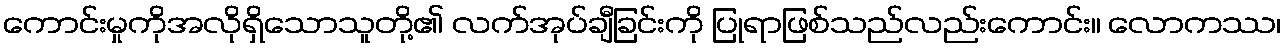
ကောင်းမှုကိုအလိုရှိသောသူတို့၏ လက်အုပ်ချီခြင်းကို ပြုရာဖြစ်သည်လည်းကောင်း။ လောကဿ၊